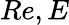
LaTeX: Re,E